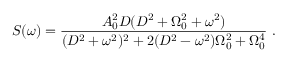
S ( \omega ) = \frac { A _ { 0 } ^ { 2 } D ( D ^ { 2 } + \Omega _ { 0 } ^ { 2 } + \omega ^ { 2 } ) } { ( D ^ { 2 } + \omega ^ { 2 } ) ^ { 2 } + 2 ( D ^ { 2 } - \omega ^ { 2 } ) \Omega _ { 0 } ^ { 2 } + \Omega _ { 0 } ^ { 4 } } \mathrm { ~ . ~ }